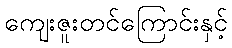
ကျေးဇူးတင်ကြောင်းနှင့်